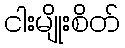
ငါးမျိုးစိတ်